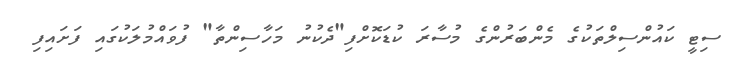
ސިޓީ ކައުންސިލްތަކުގެ މެންބަރުންގެ މުސާރަ ކުޑަކޮށްފި"ދެކުނު މަހާސިންތާ" ފުވައްމުލަކުގައި ފަށައިފި